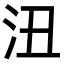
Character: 沑